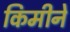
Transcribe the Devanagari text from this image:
किमीने